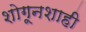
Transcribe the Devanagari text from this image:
शोगूनशाही